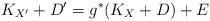
LaTeX: \begin{align*}K_{X'}+D'=g^*(K_X+D)+E\end{align*}